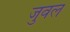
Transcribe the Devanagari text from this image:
जुवल